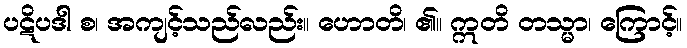
ပဋိပဒါ စ၊ အကျင့်သည်လည်း။ ဟောတိ၊ ၏။ ဣတိ တသ္မာ၊ ကြောင့်။